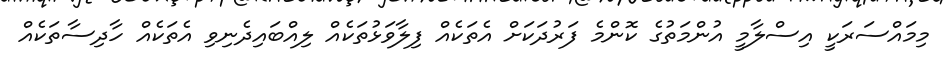
މިމައްސަރަކީ އިސްލާމީ އުންމަތުގެ ކޮންމެ ފަރުދަކަށް އެތަކެއް ފިލާވަޅުތަކެއް ލިއްބައިދެނިވި އެތަކެއް ހާދިސާތަކެއް